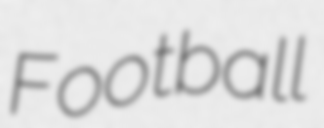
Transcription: Football